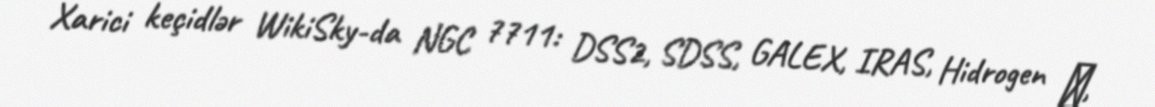
Xarici keçidlər WikiSky-da NGC 7711: DSS2, SDSS, GALEX, IRAS, Hidrogen α,